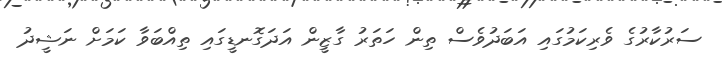
ސަރުކާރުގެ ވެރިކަމުގައި އަބަދުވެސް ތިން ހަތަރު ގާޒީން އަދަގޮނޑީގައި ތިއްބަވާ ކަމަށް ނަޝީދު